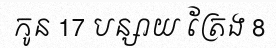
កូន 17 បន្សាយ ត្រែង 8